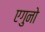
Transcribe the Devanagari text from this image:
एगुनो